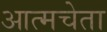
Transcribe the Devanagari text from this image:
आत्मचेता